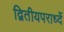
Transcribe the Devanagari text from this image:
द्वितीयपरार्ध्दे